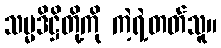
သမ္မဒိဋ္ဌိတို့ကို ကဲ့ရဲ့တတ်သူ။